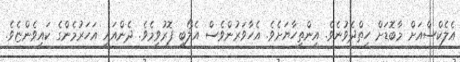
އެލެކްސްއަށް މާބޮޑަށް ހިތްދެވުނެވެ. އިންތިހާޔަށެވެ. އެހާވަރުންވެސް އެލޯބި ފޮރުވީމެވެ. ދެންއައީ އަހަރުމެންގެ ކައިވެންޏެވެ.